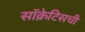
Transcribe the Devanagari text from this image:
सॉक्रेटिसची